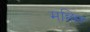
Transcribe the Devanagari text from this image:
मछ्छि